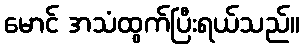
မောင် အသံထွက်ပြီးရယ်သည်။